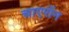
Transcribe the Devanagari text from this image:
चाएरॉन